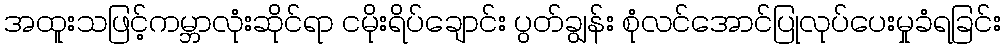
အထူးသဖြင့်ကမ္ဘာလုံးဆိုင်ရာ ငမိုးရိပ်ချောင်း ပွတ်ချွန်း စုံလင်အောင်ပြုလုပ်ပေးမှုခံရခြင်း